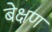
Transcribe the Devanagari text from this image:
बेक्षण